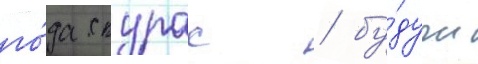
го́да скурас / бу́дучи